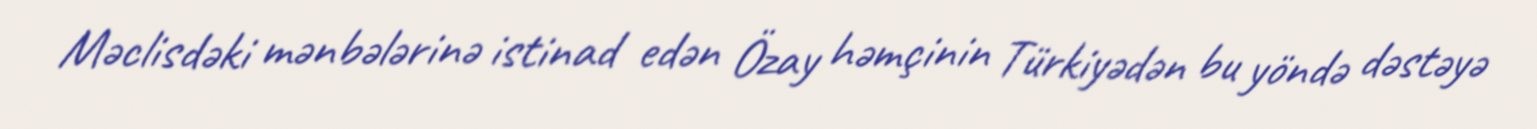
Məclisdəki mənbələrinə istinad edən Özay həmçinin Türkiyədən bu yöndə dəstəyə